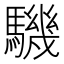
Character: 𩦋